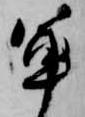
軍